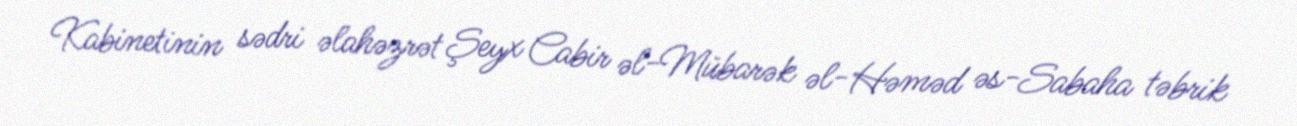
Kabinetinin sədri əlahəzrət Şeyx Cabir əl-Mübarək əl-Həməd əs-Sabaha təbrik